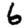
Digit: 6